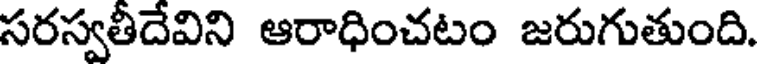
సరస్వతీదేవిని ఆరాధించటం జరుగుతుంది.